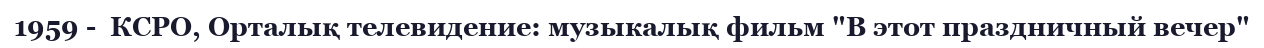
1959 -  КСРО, Орталық телевидение: музыкалық фильм "В этот праздничный вечер"